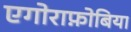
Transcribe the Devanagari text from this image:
एगोराफ़ोबिया